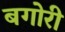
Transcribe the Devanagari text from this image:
बगोरी